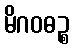
မိဂဝဓဉ္စ